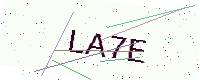
Text: LA7E